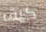
كيف